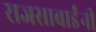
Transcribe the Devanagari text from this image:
राजसाबाईंनी